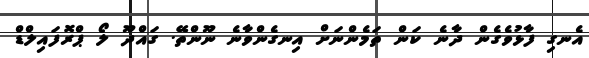
އެނގި ފާޅުވެގެން ދާނެ ކަން ތަމެންނަށް އިނގެންވާނެ ނޫންތޭ. ގައްދޫ ލޯ ޕްރޮފައިލްޑް